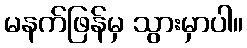
မနက်ဖြန်မှ သွားမှာပါ။